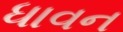
ધાવન